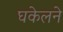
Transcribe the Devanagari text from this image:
घकेलने